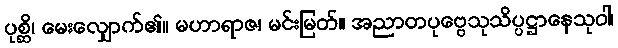
ပုစ္ဆိ၊ မေးလျှောက်၏။ မဟာရာဇ၊ မင်းမြတ်။ အညာတပုဗ္ဗေသုသိပ္ပဋ္ဌာနေသုဝါ၊